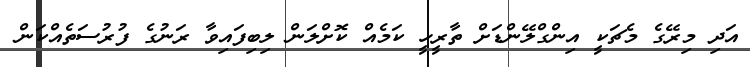
އަދި މިރޭގެ މެޗަކީ އިންގްލޭންޑަށް ތާރީހީ ކަމެއް ކޮށްލަން ލިބިފައިވާ ރަނުގެ ފުރުސަތެއްކަން